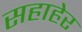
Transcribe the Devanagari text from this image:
सहाहेर